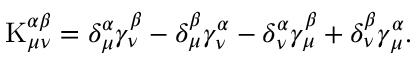
\mathrm { K } _ { \mu \nu } ^ { \alpha \beta } = \delta _ { \mu } ^ { \alpha } \gamma _ { \nu } ^ { \beta } - \delta _ { \mu } ^ { \beta } \gamma _ { \nu } ^ { \alpha } - \delta _ { \nu } ^ { \alpha } \gamma _ { \mu } ^ { \beta } + \delta _ { \nu } ^ { \beta } \gamma _ { \mu } ^ { \alpha } .